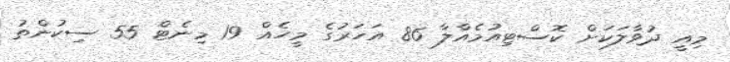
މިއީ ދުވާލަކަށް ކޮސްޓިއުމެއްލާ 86 އަހަރުގެ މީހެއް 19 މިނެޓް 55 ސިކުންތު